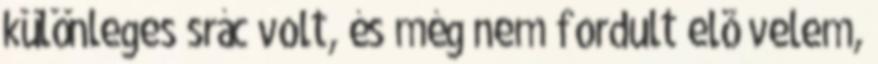
különleges srác volt, és még nem fordult elõ velem,